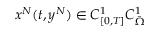
x ^ { N } ( t , y ^ { N } ) \in C _ { [ 0 , T ] } ^ { 1 } C _ { \Bar { \Omega } } ^ { 1 }